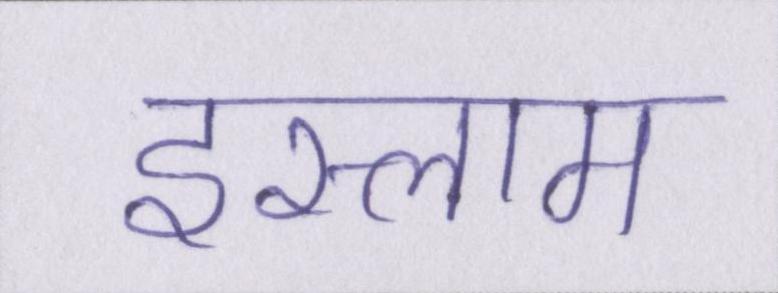
इस्लाम